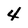
Character: 4